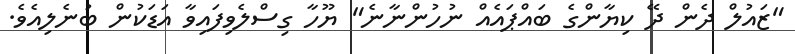
"ޒައުލް ދެން ދޭ ކިޔާންގެ ބައްޕައެއް ނުހުންނާނެ" ޔޫހާ ގިސްލެވިފައިވާ އަޑަކުން ބުނެލިއެވެ.